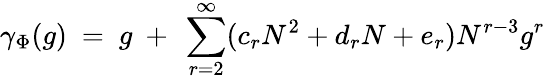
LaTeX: \gamma_{\Phi}(g)~=~g~+~\sum_{r=2}^{\infty}(c_{r}N^{2}+d_{r}N+e_{r})N^{r-3}g^{r}